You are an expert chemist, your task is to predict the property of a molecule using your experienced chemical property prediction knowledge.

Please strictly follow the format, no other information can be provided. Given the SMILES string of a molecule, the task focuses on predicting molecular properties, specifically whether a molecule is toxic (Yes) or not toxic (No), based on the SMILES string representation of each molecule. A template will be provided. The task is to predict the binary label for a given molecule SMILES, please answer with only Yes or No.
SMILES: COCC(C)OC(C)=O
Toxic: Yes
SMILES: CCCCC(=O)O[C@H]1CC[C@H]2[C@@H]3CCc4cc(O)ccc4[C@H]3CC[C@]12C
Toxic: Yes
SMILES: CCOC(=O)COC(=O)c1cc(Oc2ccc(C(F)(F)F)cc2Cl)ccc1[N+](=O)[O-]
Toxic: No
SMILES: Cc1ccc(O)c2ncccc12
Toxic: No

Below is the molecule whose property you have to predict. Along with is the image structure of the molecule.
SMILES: CCCCCCCCCCCCCCn1cc[n+](C)c1
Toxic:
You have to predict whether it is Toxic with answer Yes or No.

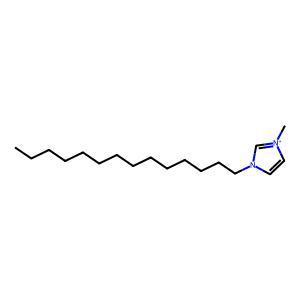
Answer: No